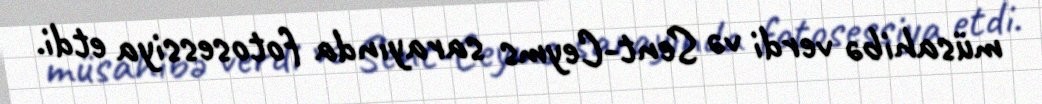
müsahibə verdi və Sent-Ceyms sarayında fotosessiya etdi.